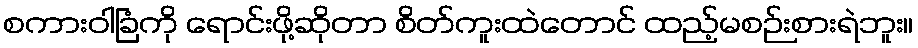
စကားဝါခြံကို ရောင်းဖို့ဆိုတာ စိတ်ကူးထဲတောင် ထည့်မစဉ်းစားရဲဘူး။